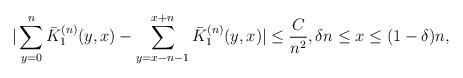
LaTeX: \begin{align*}|\sum_{y=0}^n\bar K^{(n)}_1({y,x})-\sum_{y=x-n-1}^{x+n}\bar K^{(n)}_1({y,x})|\le\frac{C}{n^2}, \delta n\le x \le (1-\delta)n,\end{align*}